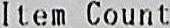
ITEM COUNT